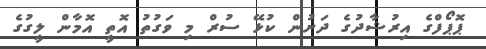
ޕޮޕޯފްގެ އިރުޝާދުގެ ދަށުން ކުޅޭ ސުރް މި ވަގުތު އޮތީ އޮމާން ލީގުގެ